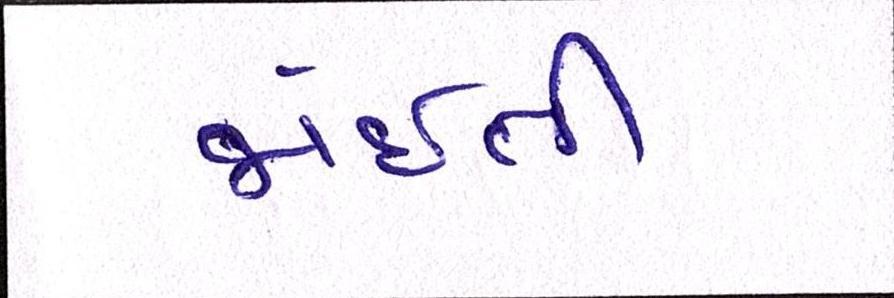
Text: જોઈતી